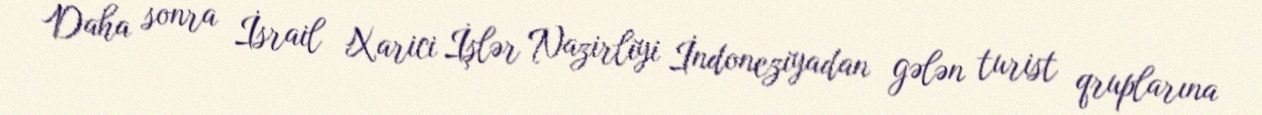
Daha sonra İsrail Xarici İşlər Nazirliyi İndoneziyadan gələn turist qruplarına